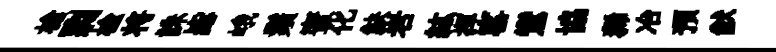
槍剽楡将誅毖峨鬚蜜化觖岩紘揮窰鸞協狶冶預猷